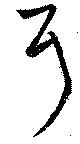
耳